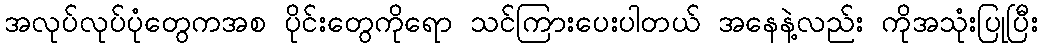
အလုပ်လုပ်ပုံတွေကအစ ပိုင်းတွေကိုရော သင်ကြားပေးပါတယ် အနေနဲ့လည်း ကိုအသုံးပြုပြီး